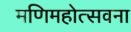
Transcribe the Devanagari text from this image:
मणिमहोत्सवना